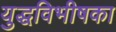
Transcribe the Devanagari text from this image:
युद्धविभीषका